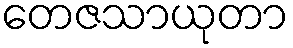
တေဇသာယုတာ